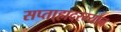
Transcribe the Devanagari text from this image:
सप्ता्हादरम्यान